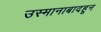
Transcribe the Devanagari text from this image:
उस्मानाबादहून